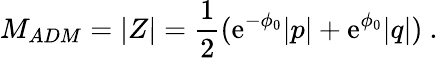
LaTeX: M_{ADM}=|Z|={\frac{1}{2}}({\mathrm{e}}^{-\phi_{0}}|p|+{\mathrm{e}}^{\phi_{0}}|q|)\ .